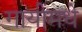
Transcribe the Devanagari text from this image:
गायींमधे